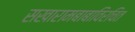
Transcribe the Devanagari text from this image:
सखारामबाबाविरचित